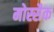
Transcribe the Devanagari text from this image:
मोस्सैक